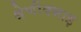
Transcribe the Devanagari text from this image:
श्रेणीक्भाइ